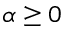
\alpha \geq 0